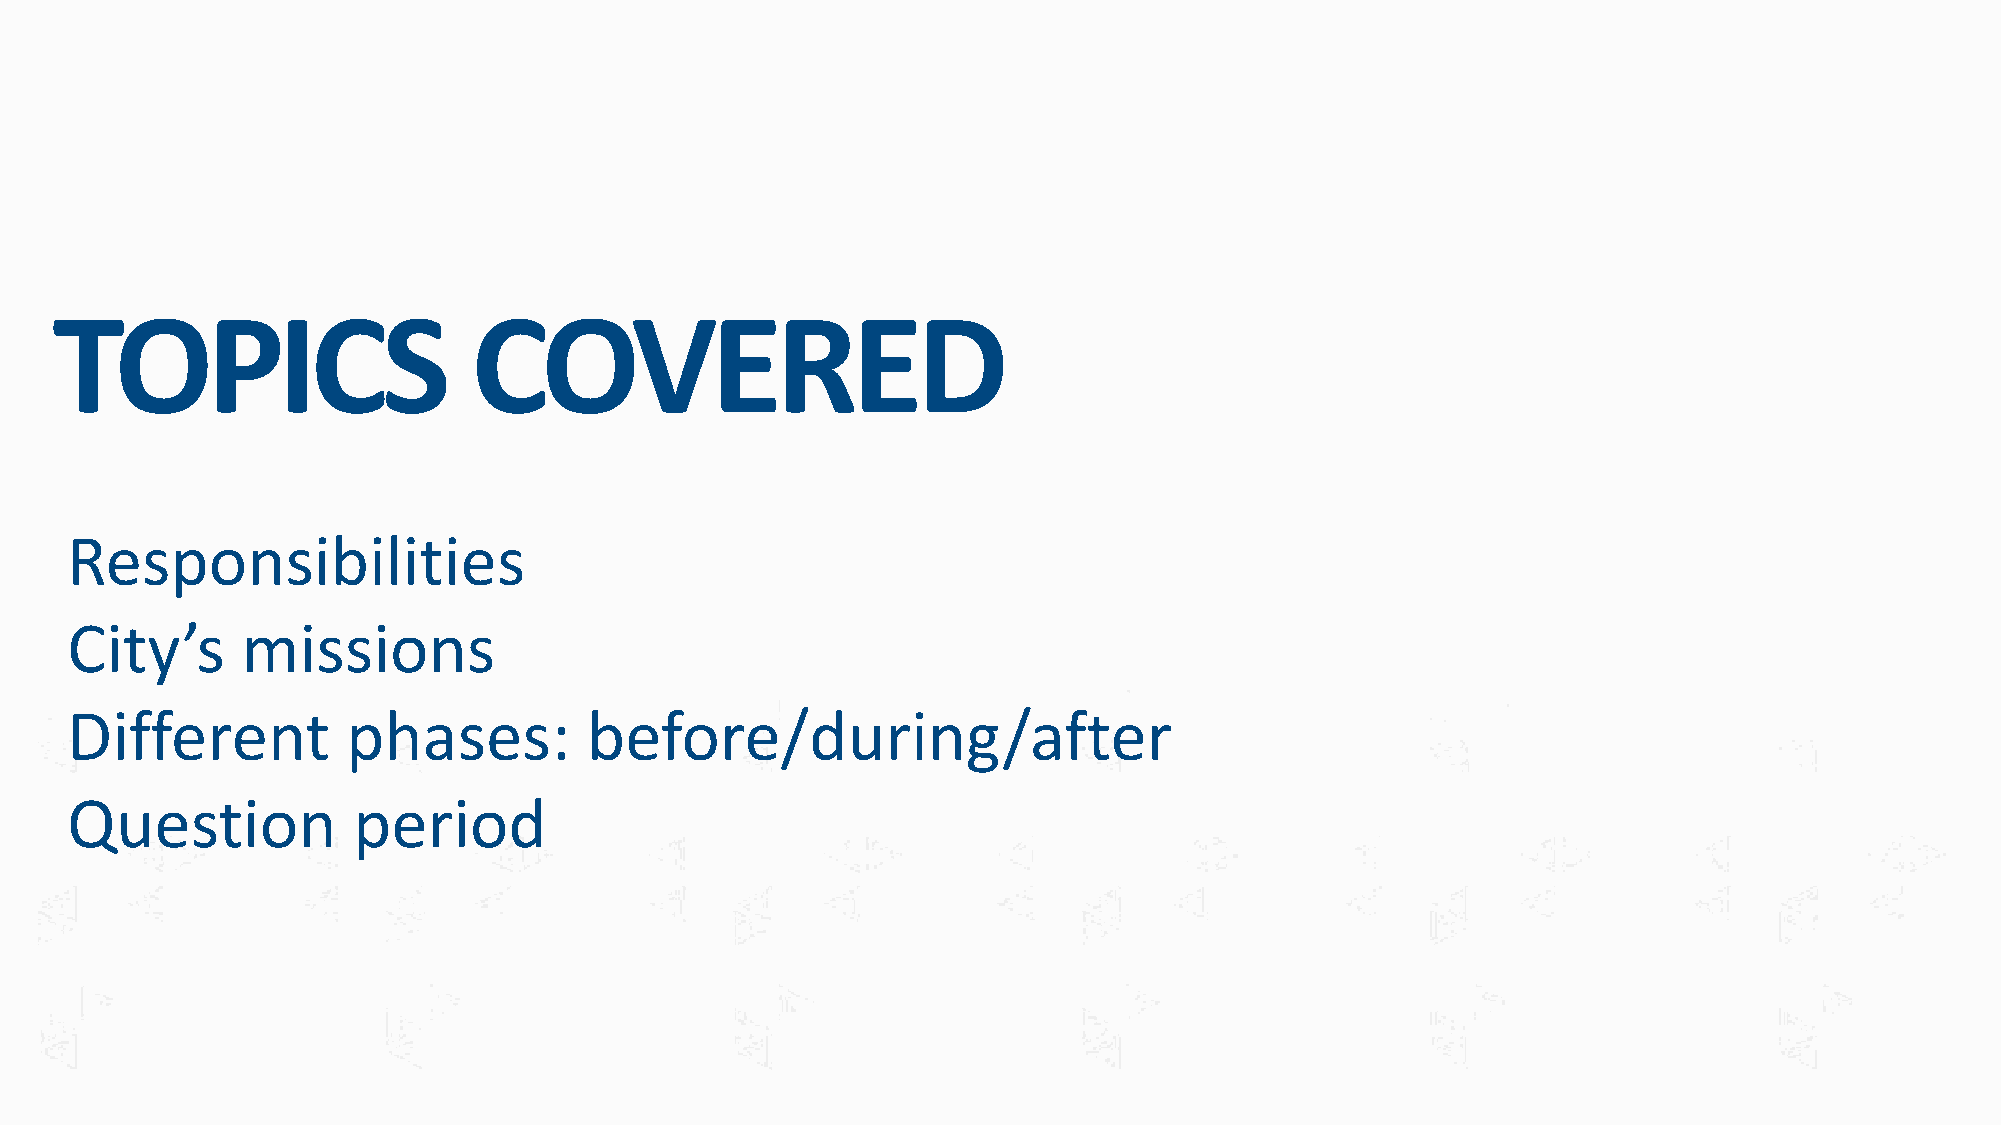
TOPICS                      COVERED
 Responsibilities
 City’s      missions
 Different          phases:         before/during/after
 Question           period